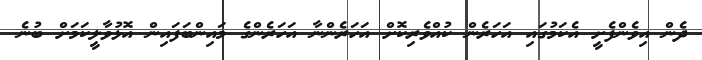
ދެން އިވެންފެށީ އެކަމުގައި އަހަރެން ކުއްވެރިކޮށް އަހަރެންނާ އަހަރެންގެ މައިންބަފައިން އޮޅުވާލީކަމަށް ބުނެ